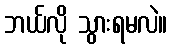
ဘယ်လို သွားရမလဲ။